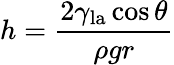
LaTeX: h={\frac{2\gamma_{\mathrm{la}}\cos\theta}{\rho gr}}